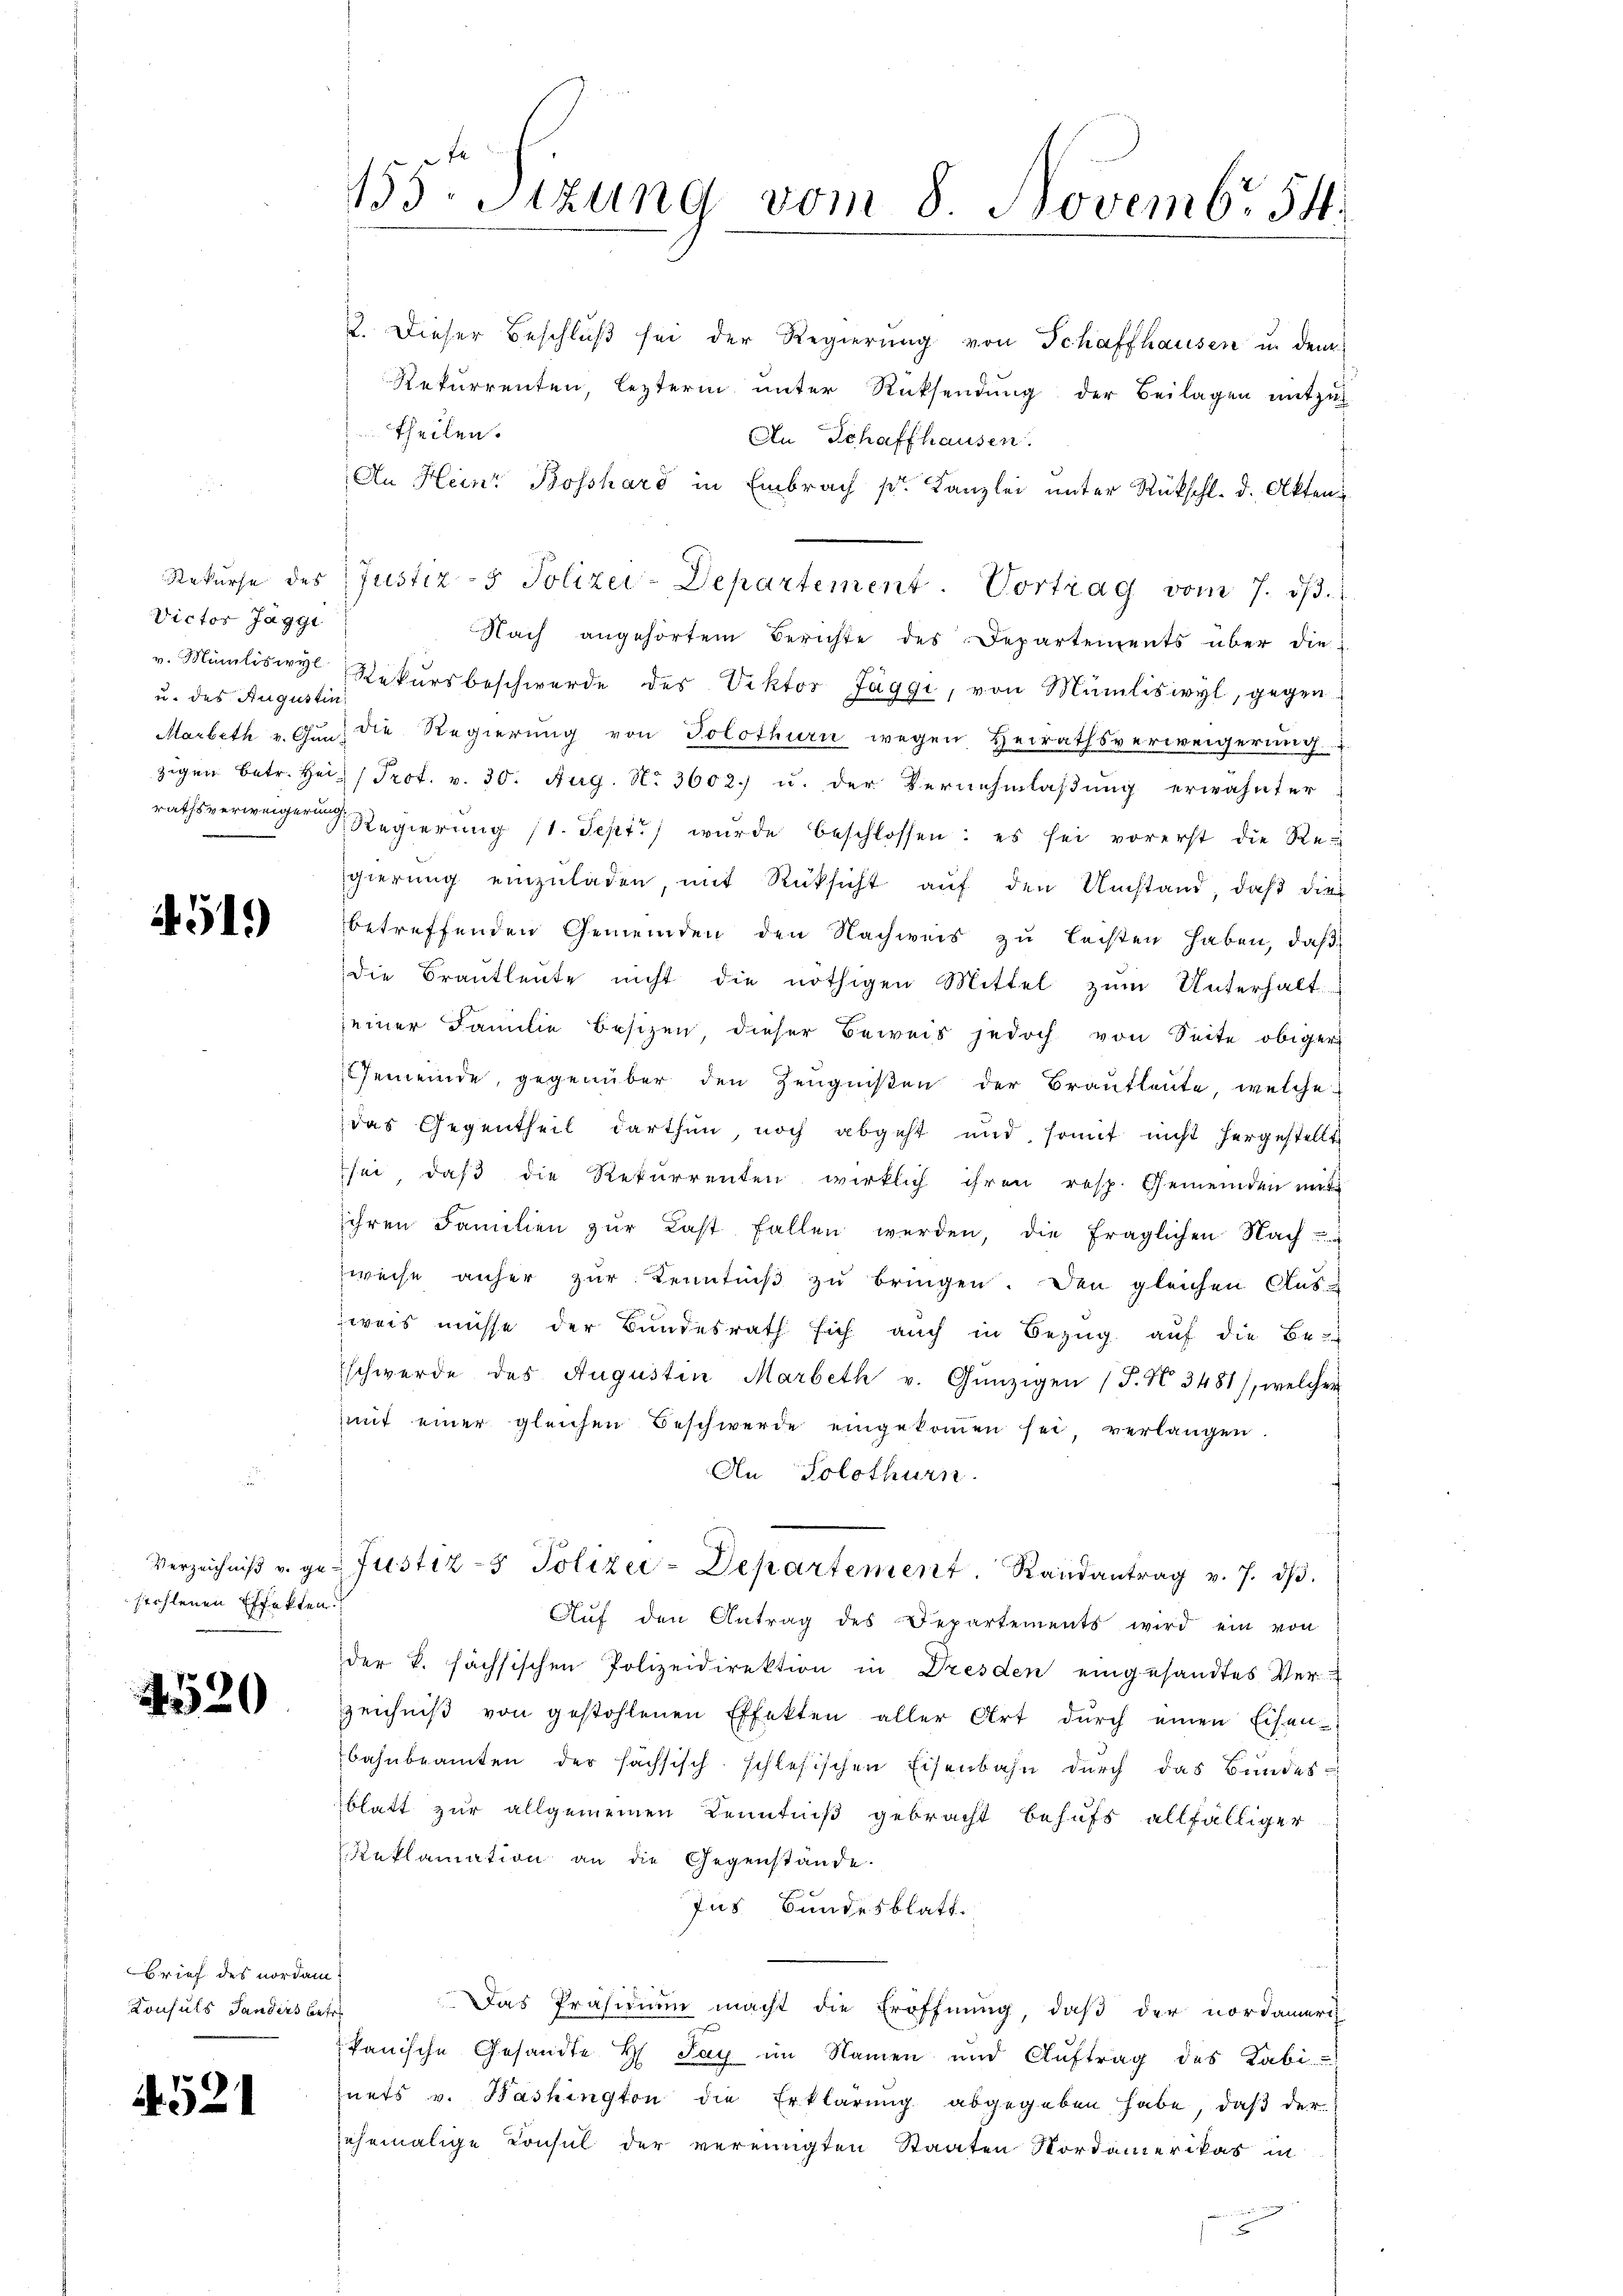
Victor Jaggi
u. des Augustin

519)

stohlenen Effekten.

4520

Brief des nordam.
Konsuls Handers betre

521

2. Dieser Beschluß sei der Regierŭng von Schaffhausen u. dem
Rekurrenten, lezterm unter Rücksendung der Beilagen mitzu
theilen.
An Schaffhausen.
An Heinr Bosshard in Embrach pr. Kanzlei unter Rückschl. d. Akten¬
Nach angehörtem Berichte des Departements über die
v. Miilisire Rekursbeschwerde des Viktor Jäggi, von Müliswyl, gegen
Marbeth v. Gŭn, die Regierŭng von Solothurn wegen Heirathsverweigerŭng
zigen betr. Hei Prot. v. 30. Aug. No 3602) u. der Vernehmlassung erwähnter
rathsverweiger Regierŭng (1. Sept./ wŭrde beschlossen: es sei vorerst die Regierung einzuladen, mit Rücksicht auf den Umstand, daß die
betreffenden Gemeinden den Nachweis zu leisten haben, daß
die Braŭtleŭte nicht die nöthigen Mittel zŭm Unterhalt
seiner Familie besizen, dieser Beweis jedoch von Seite obiger
Gemeinde, gegenüber den Zeugnißen der Brautleute, welche
das Gegentheil darthun, noch abgeht und somit nicht hergestellt
sei, daß die Rekurrenten wirklich ihren resp. Gemeinden mit
ihren Familien zŭr Last fallen werden, die fraglichen Nach
weise anher zŭr Kenntniβ zŭ bringen. Den gleichen Aus-
weis müsse der Bundesrath sich auch in Bezug auf die Be-
schwerde des Augustin Marbeth v. Günzigen (T. N. 3481), welcher
mit einer gleichen Beschwerde eingekoṁen sei, verlangen.
An Solothurn.
Verzeichniβ u. gr. Justiz- & Polizei-Departement. Randantrag v. 7. dβ.
Auf den Antrag des Departements wird ein von
der k. sächsischen Polizeidirektion in Dresden eingesandtes Ver-
zeichniβ von gestohlenen Effekten aller Art dŭrch einen Eisen-
bahnbeamten der sachsisch-schlesischen Eisenbahn durch das Bundes-
blatt zur allgemeinen Kenntniß gebracht behufs allfälliger
eklamation an die Gegenstände.
Ins Bundesblatt.
Das Präsidium macht die Eröffnung, daß der nordameri
panische Gesandte H. Tag im Namen und Auftrag des Kabi
nets v. Washington die Erklärung abgegeben habe, daß der
ehemalige Konsul der vereinigten Staaten Nordamerikas in

155. Stzung vom 8 Novembr 54.

Rekŭrse des Justiz- & Polizei-Departement. Vortrag vom 7. dβ.